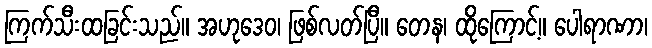
ကြက်သီးထခြင်းသည်။ အဟုဒေဝ၊ ဖြစ်လတ်ပြီ။ တေန၊ ထိုကြောင့်။ ပေါရာဏာ၊